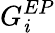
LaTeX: G_{\mathit{i}}^{EP}